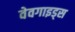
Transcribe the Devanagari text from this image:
वेवगाइड्स